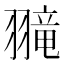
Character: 𫅮